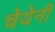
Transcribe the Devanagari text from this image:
चेयेनी